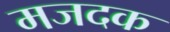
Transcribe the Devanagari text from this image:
मजदक